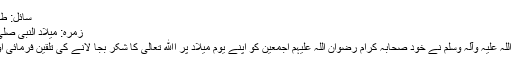
سائل: طارق محمد خان
زمرہ: میلاد النبی صلی اللہ علیہ وسلم
نبی اکرم صلی اللہ علیہ وآلہ وسلم نے خود صحابہ کرام رضوان اللہ علیہم اجمعین کو اپنے یومِ میلاد پر اﷲ تعالیٰ کا شکر بجا لانے کی تلقین فرمائی اور ترغیب دی۔